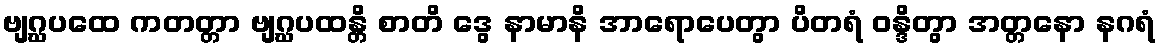
ဗျဂ္ဃပထေ ကတတ္တာ ဗျဂ္ဃပထန္တိ စာတိ ဒွေ နာမာနိ အာရောပေတွာ ပိတရံ ဝန္ဒိတွာ အတ္တနော နဂရံ